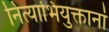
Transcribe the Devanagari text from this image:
नित्याभियुक्तानां